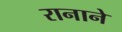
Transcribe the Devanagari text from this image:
रानाने